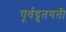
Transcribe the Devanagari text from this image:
पूर्वद्रुतगती